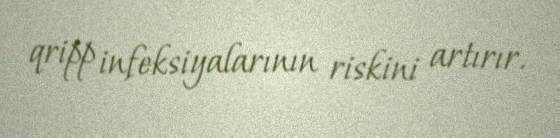
qripp infeksiyalarının riskini artırır.